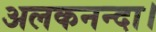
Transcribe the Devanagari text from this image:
अलकनन्दा।